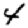
Digit: 4